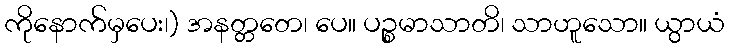
ကိုနောက်မှပေး၊) အနတ္တတေ၊ ပေ။ ပဉ္စမာသာတိ၊ သာဟူသော။ ယွာယံ